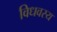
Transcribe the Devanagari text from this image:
विधवस्य